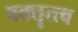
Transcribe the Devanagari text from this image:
वक्तॄत्त्व